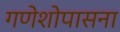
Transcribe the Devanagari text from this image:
गणेशोपासना